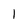
Character: 1